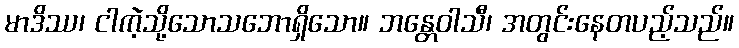
မာဒိဿ၊ ငါကဲ့သို့သောသဘောရှိသော။ ဘန္တေဝါသီ၊ အတွင်းနေတပည့်သည်။